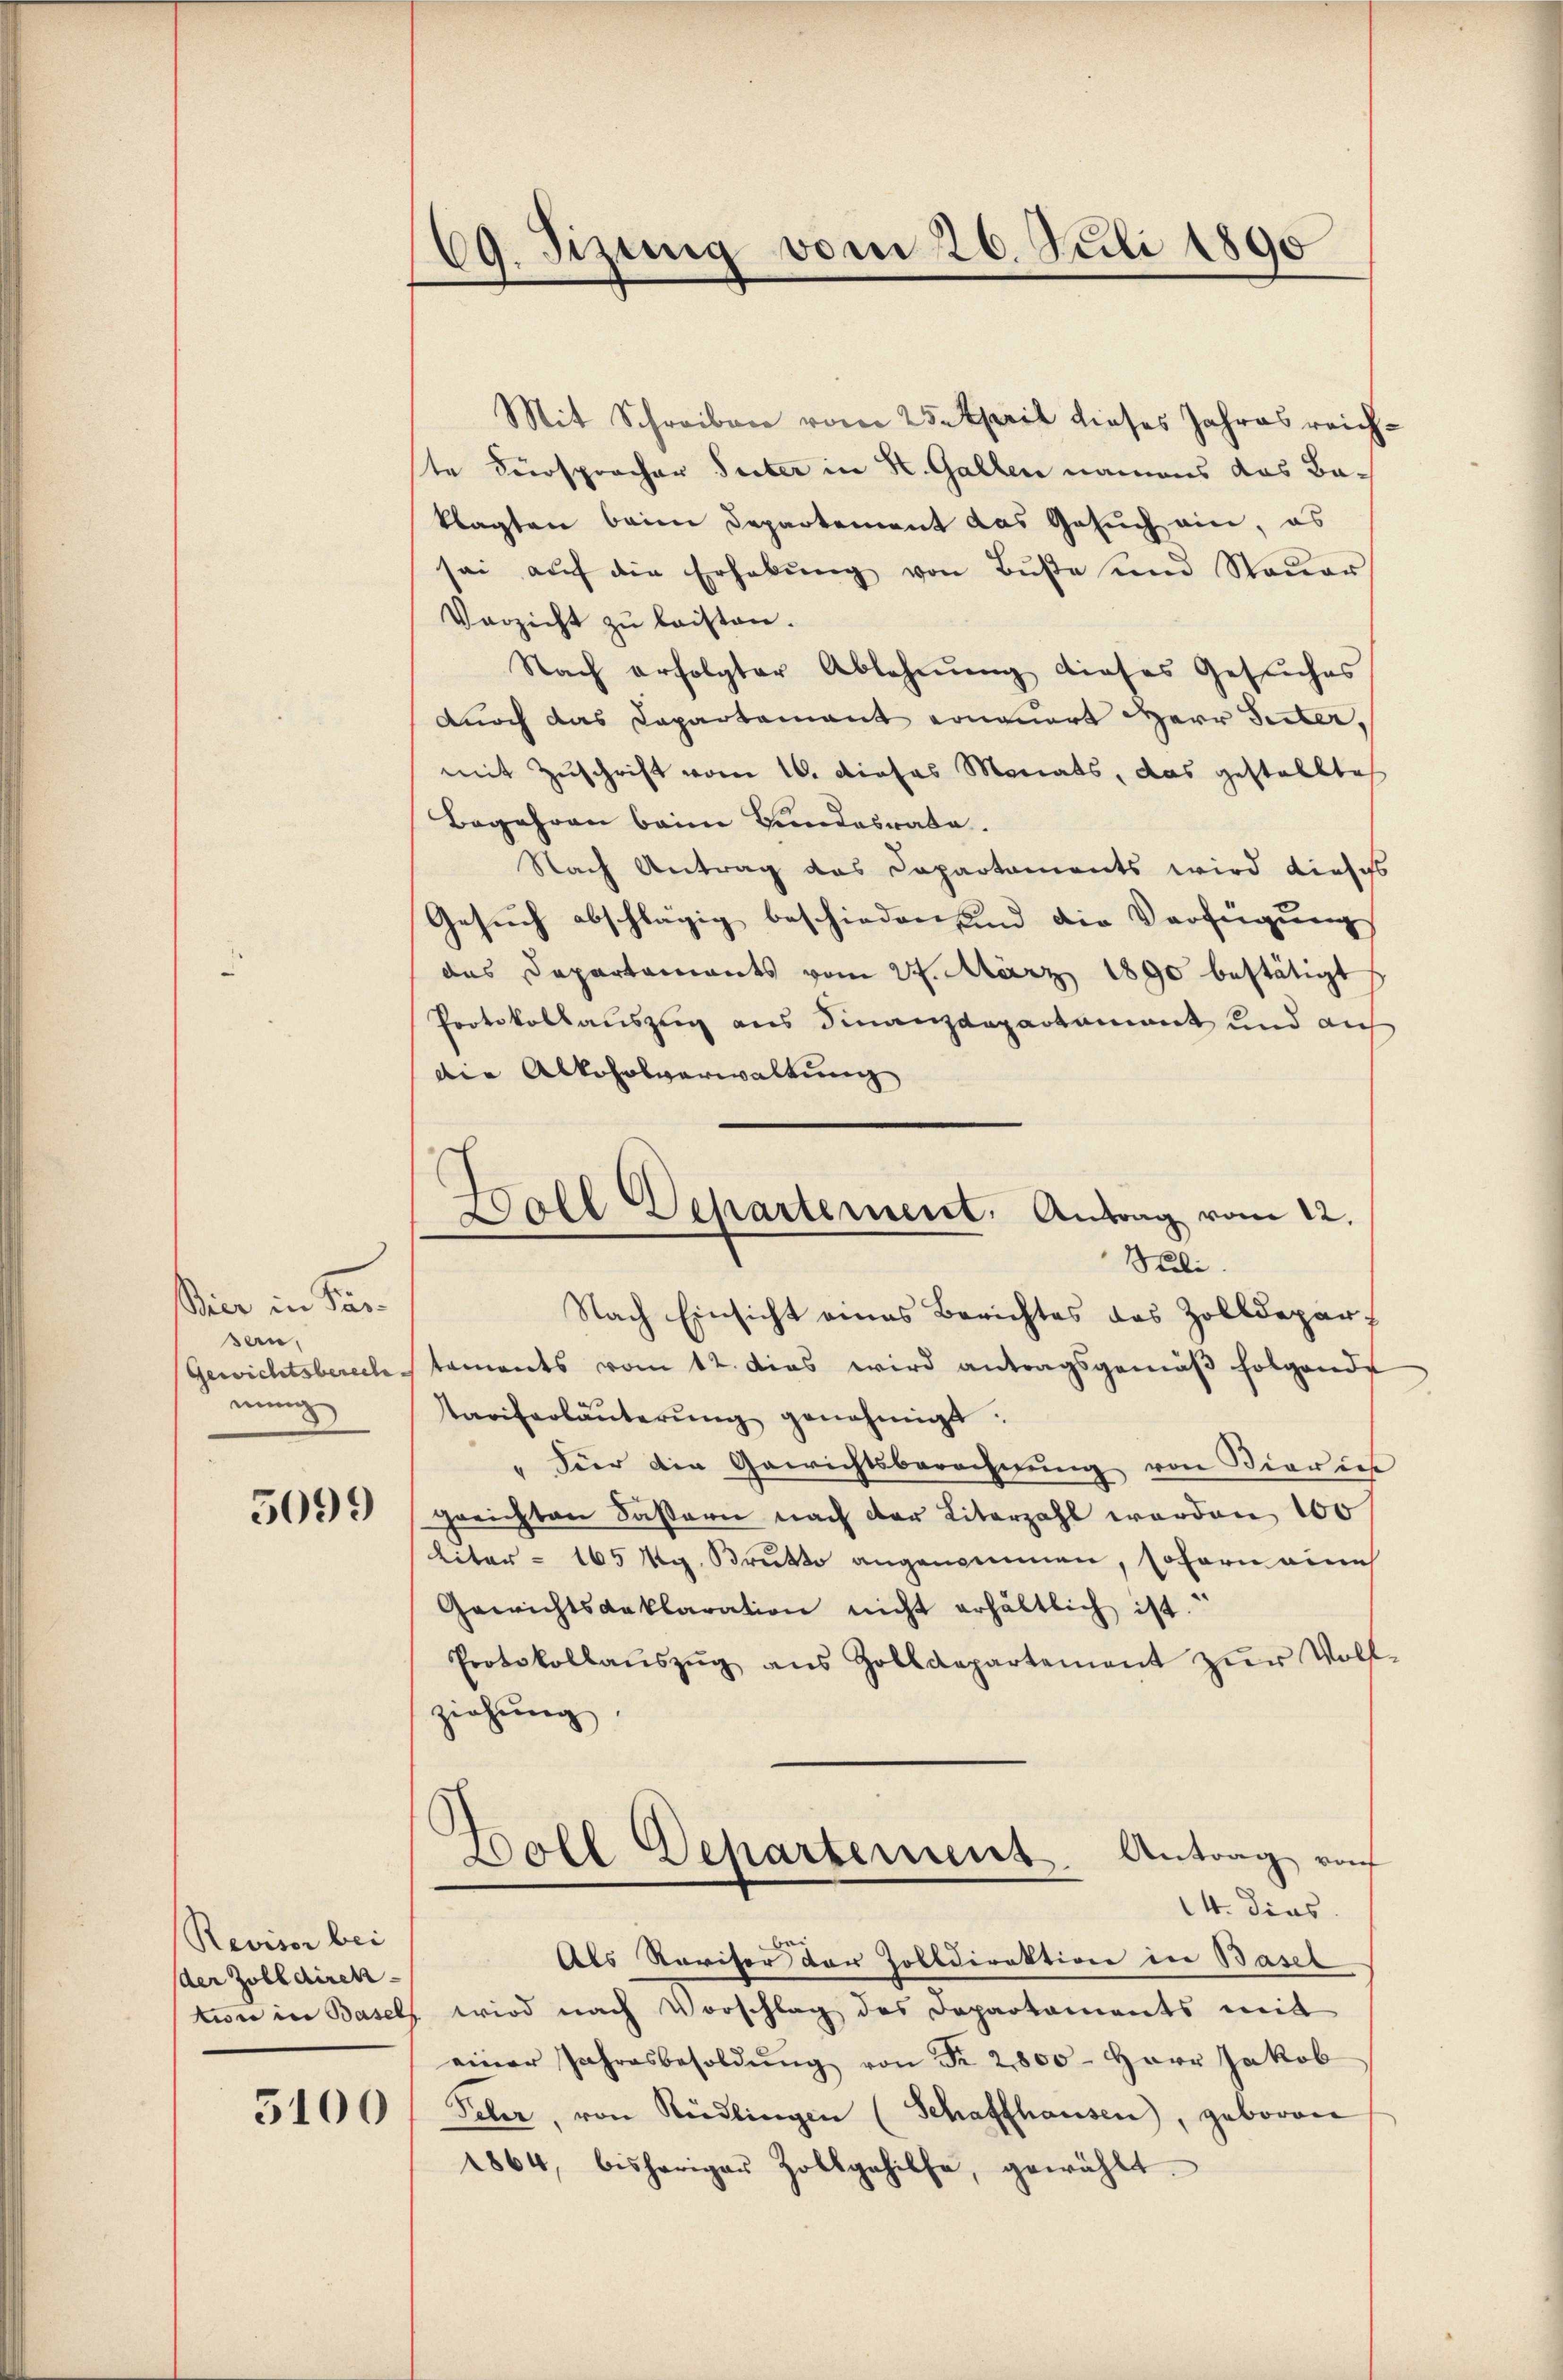
Beier in Sen
sen,
mung

5099

Revisor bei
der Zolldirek

5100

69. Jizung vom 26. Juli 1890

Mit Schreiben vom 25. April dieses Jahres reichste Fürspracher Seiter in K. Gallen namens das Baklagten beim Departement das Gesuch ein, es
sei aŭf die Erhebŭng von Bŭβe und Steŭer
Verzicht zu leisten.
Nach erfolgter Ablehnŭng dieses Gesŭches
durch das Capartement erneuert Herr Suter,
mit Zuschrift vom 16. dieses Monats, das gestellte
Begehren beim Bundesrate.
Nach Antrag das Capartaments wird dieses
Gesuch abschlägig beschieden und die Verfügung
das Departaments vom 24. März 1890 bestätigt
Protokollauszug aus Finanzdepartament und auf
Die Alkoholverwaltung
Nach Einsicht eines Berichtes des Zolldepar¬
Gewichtsberech staments vom 12. das wird antragsgemäβ folgende
Tariferläuterung genehmigt.
" Für die Gewichtsberechnung von Biaries
greichten Fasern nach der Literzahl werden 100
Liter - 165 Mg. Brutto angenommen, sofern eine
Gewichtsaaklaration nicht erhältlich ist.
Protokollaŭszŭg aŭs Zolldepartement zŭr Voll
ziehung
Boll Departement. Antrag von
14. dies
be
Als Revisor der Zolldirektion in Basel
tion in Basels wird nach Vorschlag des Departaments mit
einer Jahresbesoldŭng von Fr. 2800. Herr Jakob
Peler, von Rüdlingen (Schaffhausen, geboren
1864, bisheriger Zollgehilfe, gewählt.

Goll Departement: Antrag vom 12.
Suli.